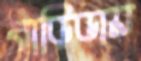
বাড়িডায়